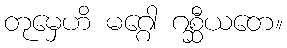
တုမှေဟိ မဂ္ဂေါ ဂစ္ဆီယတေ။